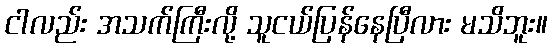
ငါလည်း အသက်ကြီးလို့ သူငယ်ပြန်နေပြီလား မသိဘူး။